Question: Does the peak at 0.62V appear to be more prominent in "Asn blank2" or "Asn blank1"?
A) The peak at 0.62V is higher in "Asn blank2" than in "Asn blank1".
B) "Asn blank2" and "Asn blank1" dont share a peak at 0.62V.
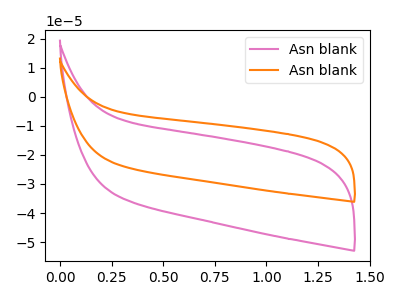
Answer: <think>The pink curve "Asn blank1" has no peaks. The orange curve "Asn blank2" has no peaks.</think>
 <answer>B) "Asn blank2" and "Asn blank1" dont share a peak at 0.62V.</answer>
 <eval>B</eval>